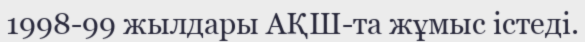
1998-99 жылдары АҚШ-та жұмыс істеді.